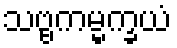
သဗ္ဗကမ္မက္ခယံ